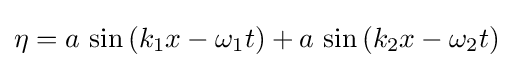
\eta =a\,\sin \left(k_{1}x-\omega _{1}t\right)+a\,\sin \left(k_{2}x-\omega _{2}t\right)